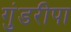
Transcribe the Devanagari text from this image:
गुंडरीपा